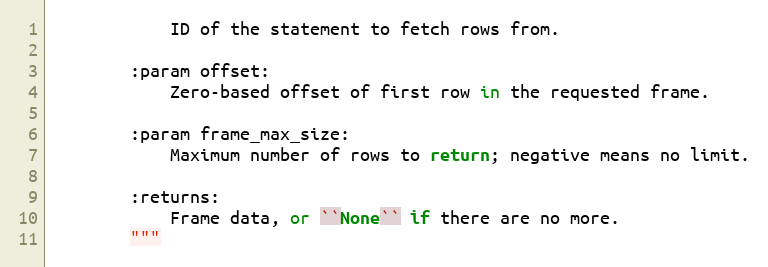
Language: Python
            ID of the statement to fetch rows from.

        :param offset:
            Zero-based offset of first row in the requested frame.

        :param frame_max_size:
            Maximum number of rows to return; negative means no limit.

        :returns:
            Frame data, or ``None`` if there are no more.
        """